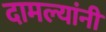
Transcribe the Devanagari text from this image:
दामल्यांनी